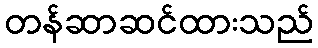
တန်ဆာဆင်ထားသည်